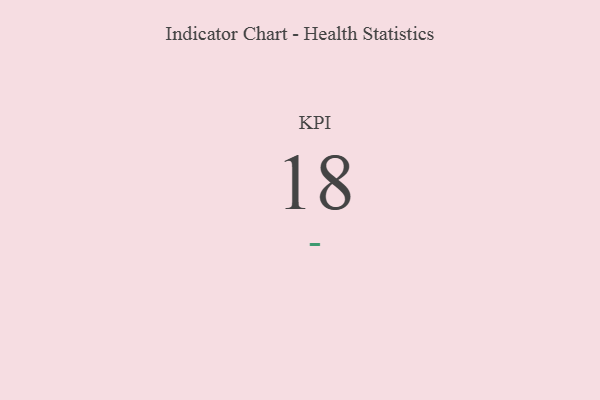
{"axis": {"x": "KPI", "y": "Value"}, "legend": [""], "data": [{"x": "KPI", "y": 18, "type": ""}]}